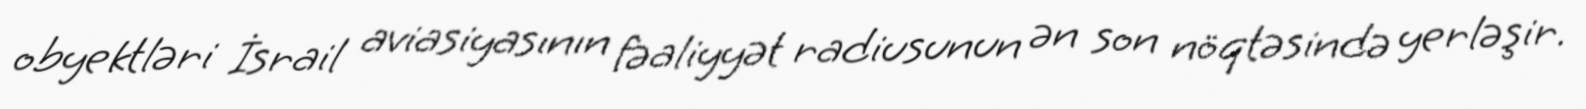
obyektləri İsrail aviasiyasının fəaliyyət radiusunun ən son nöqtəsində yerləşir.